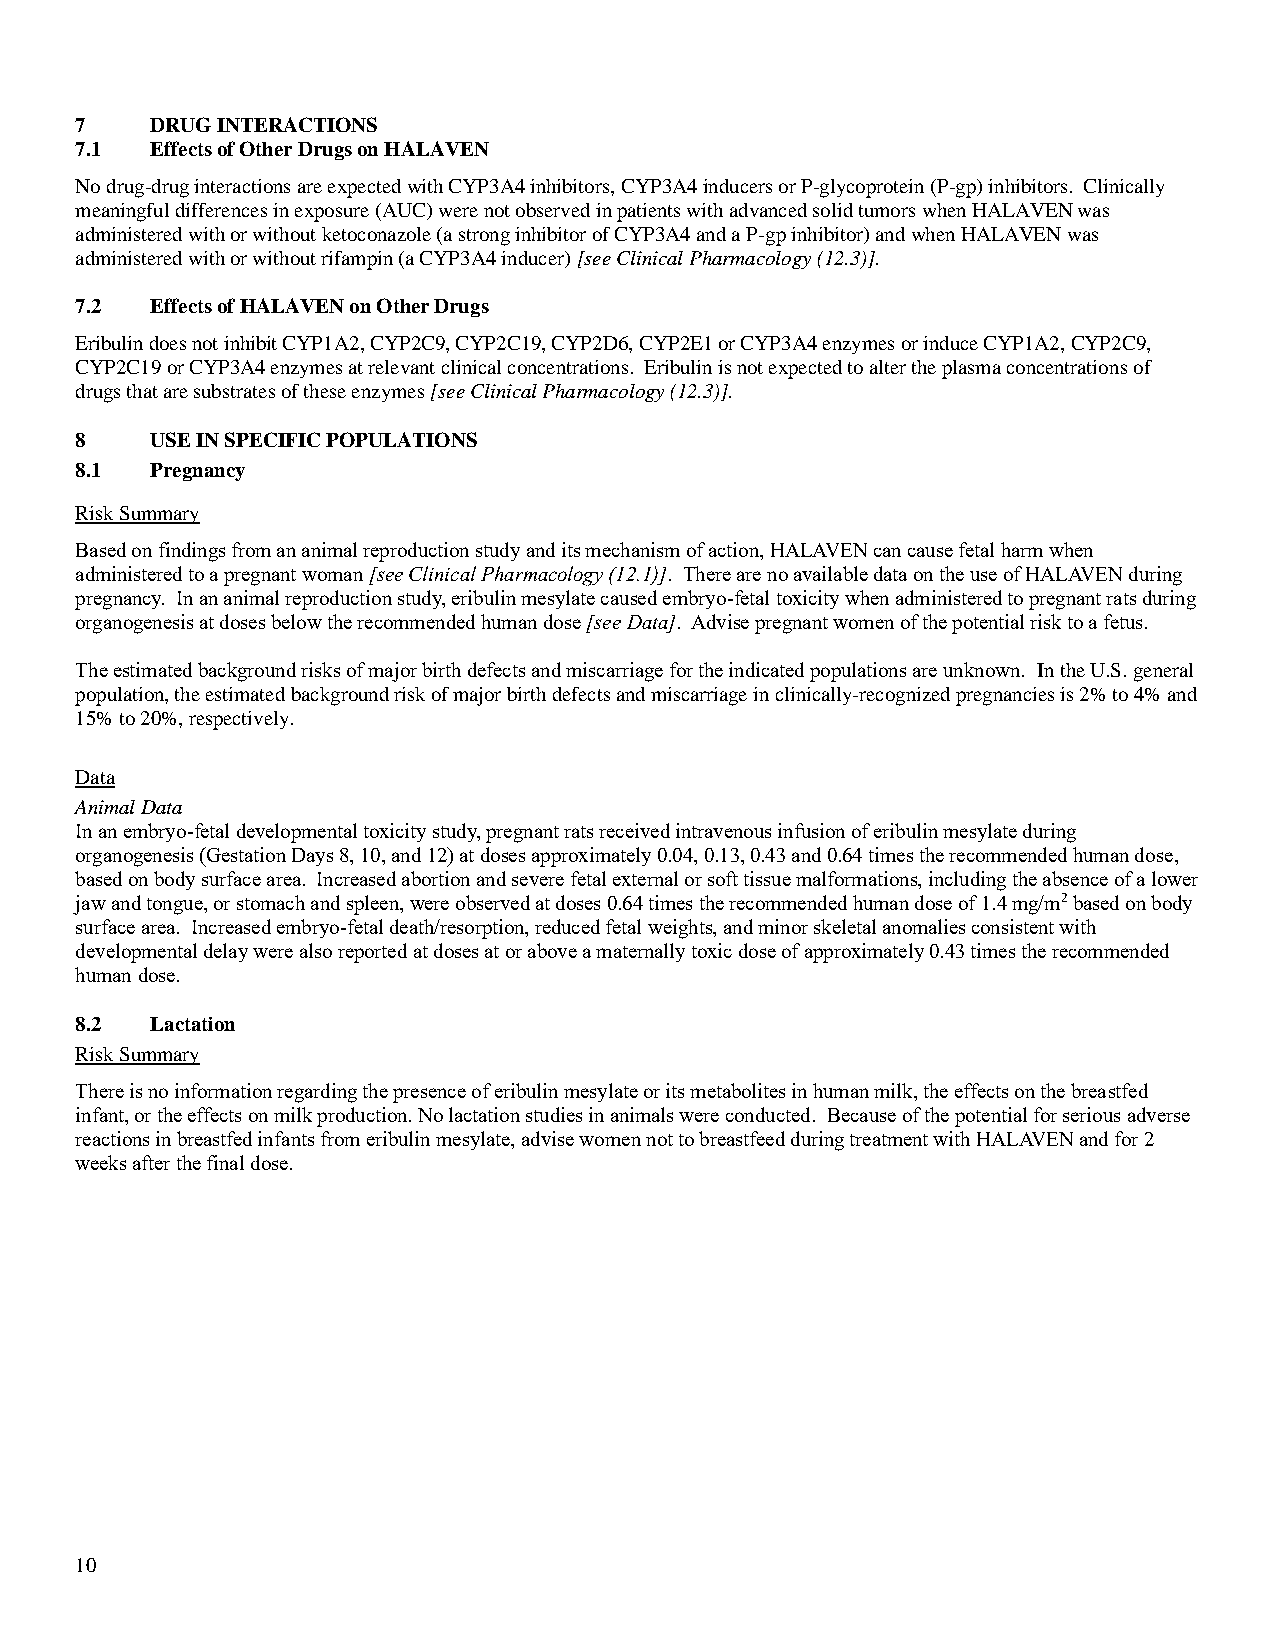
7    DRUG INTERACTIONS
 7.1  Effects of Other Drugs on HALAVEN
 No drug-drug interactions are expected with CYP3A4 inhibitors, CYP3A4 inducers or P-glycoprotein (P-gp) inhibitors. Clinically
 meaningful differences in exposure (AUC) were not observed in patients with advanced solid tumors when HALAVEN was
 administered with or without ketoconazole (a strong inhibitor of CYP3A4 and a P-gp inhibitor) and when HALAVEN was
 administered with or without rifampin (a CYP3A4 inducer) [see Clinical Pharmacology (12.3)].
 7.2  Effects of HALAVEN on Other Drugs
 Eribulin does not inhibit CYP1A2, CYP2C9, CYP2C19, CYP2D6, CYP2E1 or CYP3A4 enzymes or induce CYP1A2, CYP2C9,
 CYP2C19 or CYP3A4 enzymes at relevant clinical concentrations. Eribulin is not expected to alter the plasma concentrations of
 drugs that are substrates of these enzymes [see Clinical Pharmacology (12.3)].
 8    USE IN SPECIFIC POPULATIONS
 8.1  Pregnancy
 Risk Summary
 Based on findings from an animal reproduction study and its mechanism of action, HALAVEN can cause fetal harm when
 administered to a pregnant woman [see Clinical Pharmacology (12.1)]. There are no available data on the use of HALAVEN during
 pregnancy. In an animal reproduction study, eribulin mesylate caused embryo-fetal toxicity when administered to pregnant rats during
 organogenesis at doses below the recommended human dose [see Data]. Advise pregnant women of the potential risk to a fetus.
 The estimated background risks of major birth defects and miscarriage for the indicated populations are unknown. In the U.S. general
 population, the estimated background risk of major birth defects and miscarriage in clinically-recognized pregnancies is 2% to 4% and
 15% to 20%, respectively.
 Data
 Animal Data
 In an embryo-fetal developmental toxicity study, pregnant rats received intravenous infusion of eribulin mesylate during
 organogenesis (Gestation Days 8, 10, and 12) at doses approximately 0.04, 0.13, 0.43 and 0.64 times the recommended human dose,
 based on body surface area. Increased abortion and severe fetal external or soft tissue malformations, including the absence of a lower
 jaw and tongue, or stomach and spleen, were observed at doses 0.64 times the recommended human dose of 1.4 mg/m2 based on body
 surface area. Increased embryo-fetal death/resorption, reduced fetal weights, and minor skeletal anomalies consistent with
 developmental delay were also reported at doses at or above a maternally toxic dose of approximately 0.43 times the recommended
 human dose.
 8.2  Lactation
 Risk Summary
 There is no information regarding the presence of eribulin mesylate or its metabolites in human milk, the effects on the breastfed
 infant, or the effects on milk production. No lactation studies in animals were conducted. Because of the potential for serious adverse
 reactions in breastfed infants from eribulin mesylate, advise women not to breastfeed during treatment with HALAVEN and for 2
 weeks after the final dose.
 10